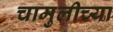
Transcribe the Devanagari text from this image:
चामुलीच्या